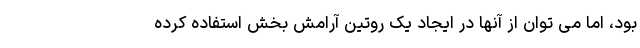
بود، اما می توان از آنها در ایجاد یک روتین آرامش بخش استفاده کرده